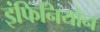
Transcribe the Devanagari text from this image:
इंफिनियोन